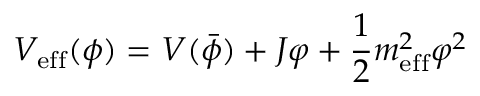
V _ { \mathrm { e f f } } ( \phi ) = V ( \bar { \phi } ) + J \varphi + \frac { 1 } { 2 } m _ { \mathrm { e f f } } ^ { 2 } \varphi ^ { 2 }